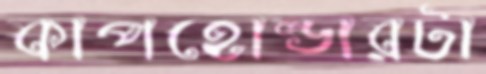
কাপহোল্ডারটা